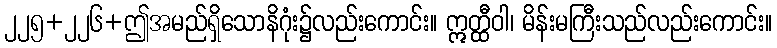
၂၂၅+၂၂၆+ဤအမည်ရှိသောနိဂုံး၌လည်းကောင်း။ ဣတ္ထီဝါ၊ မိန်းမကြီးသည်လည်းကောင်း။